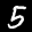
Label: 5